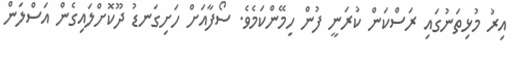
އިރު މުޅިތަނުގައި ރަސްކަން ކުރަނީ ފުން ހިމޭންކަމެވެ. ސޯފާއަށް ހަށިގަނޑު ދޫކޮށްލައިގެން އަސްލަން